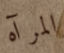
المرآه